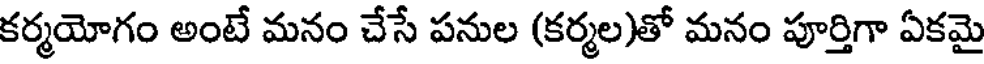
కర్మయోగం అంటే మనం చేసే పనుల (కర్మల)తో మనం పూర్తిగా ఏకమై